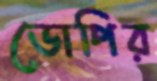
ডোপির